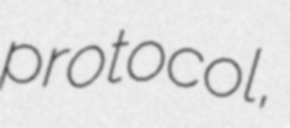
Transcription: protocol,